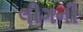
લીગની